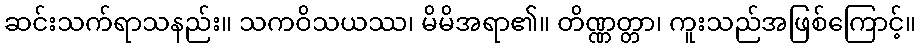
ဆင်းသက်ရာသနည်း။ သကဝိသယဿ၊ မိမိအရာ၏။ တိဏ္ဏတ္တာ၊ ကူးသည်အဖြစ်ကြောင့်။